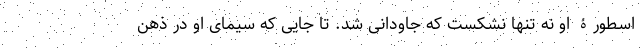
اسطورۀ او نه تنها نشکست که جاودانی شد. تا جایی که سیمای او در ذهن